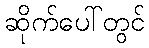
ဆိုက်ပေါ်တွင်